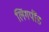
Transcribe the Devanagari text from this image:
लिंगपींड